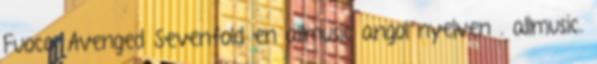
Fuoco: Avenged Sevenfold en allmusic angol nyelven . allmusic.